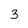
Character: 3